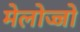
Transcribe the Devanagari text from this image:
मेलोज्जो